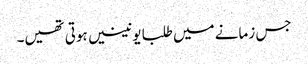
جس زمانے میں طلبا یونینیں ہوتی تھیں۔